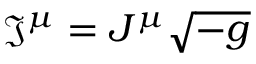
{ \mathfrak { J } } ^ { \mu } = J ^ { \mu } { \sqrt { - g } }